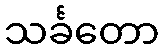
သင်္ခတော